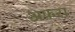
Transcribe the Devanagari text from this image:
अफ़रा